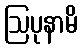
ဩပုနာမိ